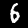
Label: 6